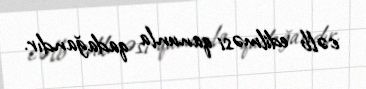
cəlb edilməsi qanunla qadağandır.